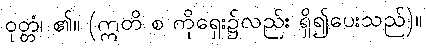
ဝုတ္တံ၊ ၏။ (ဣတိ စ ကိုရှေး၌လည်း ရှိ၍ပေးသည်)။